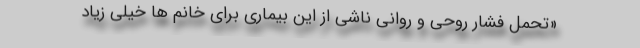
«تحمل فشار روحی و روانی ناشی از این بیماری برای خانم ها خیلی زیاد